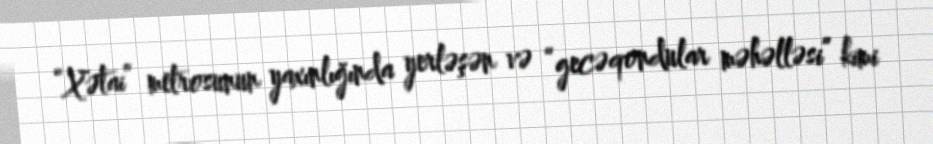
“Xətai” metrosunun yaxınlığında yerləşən və “gecəqondular məhəlləsi” kimi